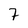
Character: 7